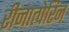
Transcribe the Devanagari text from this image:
रीनात्पेरिन